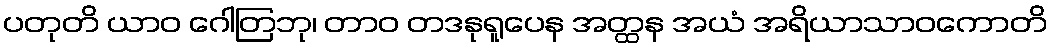
ပတုတိ ယာဝ ဂေါတြဘု၊ တာဝ တဒနုရူပေန အတ္ထန အယံ အရိယာသာဝကောတိ